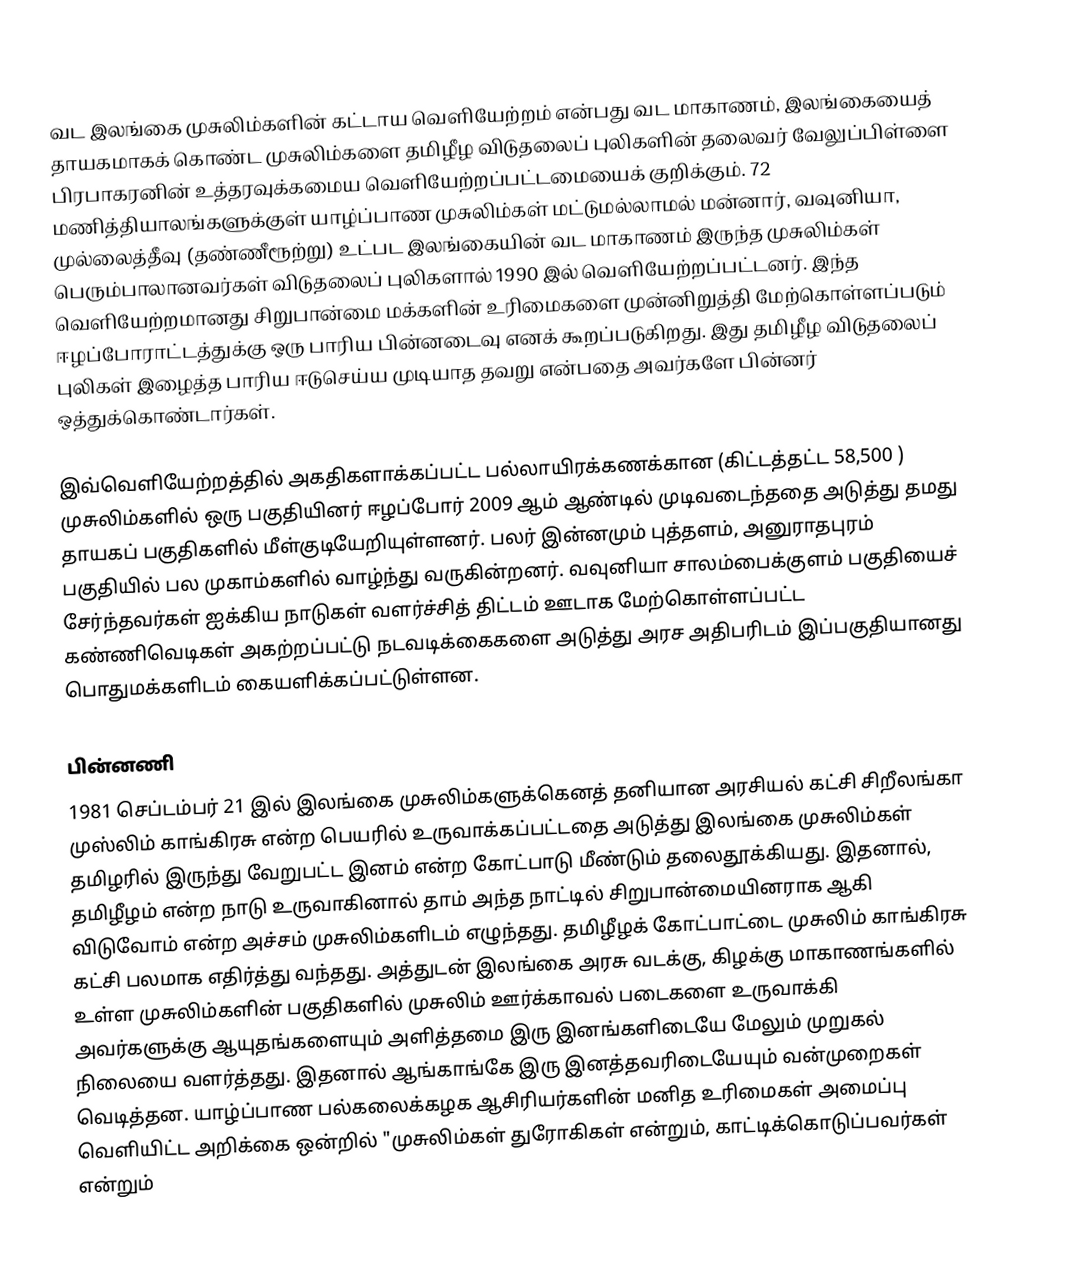
வட இலங்கை முசுலிம்களின் கட்டாய வெளியேற்றம் என்பது வட மாகாணம், இலங்கையைத் தாயகமாகக் கொண்ட முசுலிம்களை தமிழீழ விடுதலைப் புலிகளின் தலைவர் வேலுப்பிள்ளை பிரபாகரனின் உத்தரவுக்கமைய வெளியேற்றப்பட்டமையைக் குறிக்கும். 72 மணித்தியாலங்களுக்குள் யாழ்ப்பாண முசுலிம்கள் மட்டுமல்லாமல் மன்னார், வவுனியா, முல்லைத்தீவு (தண்ணீரூற்று) உட்பட இலங்கையின் வட மாகாணம் இருந்த முசுலிம்கள் பெரும்பாலானவர்கள் விடுதலைப் புலிகளால் 1990 இல் வெளியேற்றப்பட்டனர். இந்த வெளியேற்றமானது சிறுபான்மை மக்களின் உரிமைகளை முன்னிறுத்தி மேற்கொள்ளப்படும் ஈழப்போராட்டத்துக்கு ஒரு பாரிய பின்னடைவு எனக் கூறப்படுகிறது. இது தமிழீழ விடுதலைப் புலிகள் இழைத்த பாரிய ஈடுசெய்ய முடியாத தவறு என்பதை அவர்களே பின்னர் ஒத்துக்கொண்டார்கள்.

இவ்வெளியேற்றத்தில் அகதிகளாக்கப்பட்ட பல்லாயிரக்கணக்கான (கிட்டத்தட்ட 58,500  ) முசுலிம்களில் ஒரு பகுதியினர் ஈழப்போர் 2009 ஆம் ஆண்டில் முடிவடைந்ததை அடுத்து தமது தாயகப் பகுதிகளில் மீள்குடியேறியுள்ளனர். பலர் இன்னமும் புத்தளம், அனுராதபுரம் பகுதியில் பல முகாம்களில் வாழ்ந்து வருகின்றனர். வவுனியா சாலம்பைக்குளம் பகுதியைச் சேர்ந்தவர்கள் ஐக்கிய நாடுகள் வளர்ச்சித் திட்டம் ஊடாக மேற்கொள்ளப்பட்ட கண்ணிவெடிகள் அகற்றப்பட்டு நடவடிக்கைகளை அடுத்து அரச அதிபரிடம் இப்பகுதியானது பொதுமக்களிடம் கையளிக்கப்பட்டுள்ளன.

பின்னணி
1981 செப்டம்பர் 21 இல் இலங்கை முசுலிம்களுக்கெனத் தனியான அரசியல் கட்சி சிறீலங்கா முஸ்லிம் காங்கிரசு என்ற பெயரில் உருவாக்கப்பட்டதை அடுத்து இலங்கை முசுலிம்கள் தமிழரில் இருந்து வேறுபட்ட இனம் என்ற கோட்பாடு மீண்டும் தலைதூக்கியது. இதனால், தமிழீழம் என்ற நாடு உருவாகினால் தாம் அந்த நாட்டில் சிறுபான்மையினராக ஆகி விடுவோம் என்ற அச்சம் முசுலிம்களிடம் எழுந்தது. தமிழீழக் கோட்பாட்டை முசுலிம் காங்கிரசு கட்சி பலமாக எதிர்த்து வந்தது. அத்துடன் இலங்கை அரசு வடக்கு, கிழக்கு மாகாணங்களில் உள்ள முசுலிம்களின் பகுதிகளில் முசுலிம் ஊர்க்காவல் படைகளை உருவாக்கி அவர்களுக்கு ஆயுதங்களையும் அளித்தமை இரு இனங்களிடையே மேலும் முறுகல் நிலையை வளர்த்தது. இதனால் ஆங்காங்கே இரு இனத்தவரிடையேயும் வன்முறைகள் வெடித்தன. யாழ்ப்பாண பல்கலைக்கழக ஆசிரியர்களின் மனித உரிமைகள் அமைப்பு வெளியிட்ட அறிக்கை ஒன்றில் "முசுலிம்கள் துரோகிகள் என்றும், காட்டிக்கொடுப்பவர்கள் என்றும்